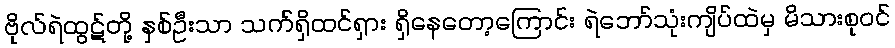
ဗိုလ်ရဲထွဋ်တို့ နှစ်ဦးသာ သက်ရှိထင်ရှား ရှိနေတော့ကြောင်း ရဲဘော်သုံးကျိပ်ထဲမှ မိသားစုဝင်